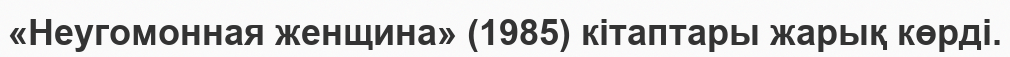
«Неугомонная женщина» (1985) кітаптары жарық көрді.